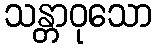
သန္တာဝုသော